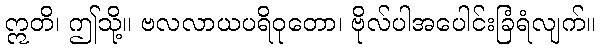
ဣတိ၊ ဤသို့။ ဗလလာယပရိဝုတော၊ ဗိုလ်ပါအပေါင်းခြံရံလျက်။